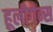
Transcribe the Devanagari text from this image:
हूलीगेन्स